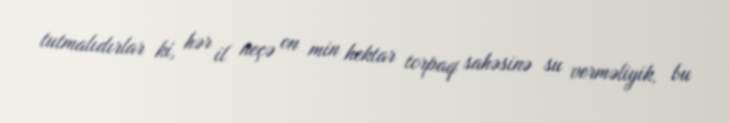
tutmalıdırlar ki, hər il neçə on min hektar torpaq sahəsinə su verməliyik, bu